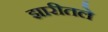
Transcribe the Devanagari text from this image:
झारीतले